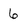
Character: 6